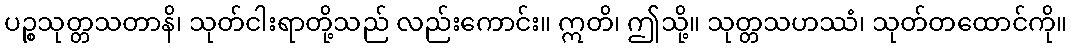
ပဉ္စသုတ္တသတာနိ၊ သုတ်ငါးရာတို့သည် လည်းကောင်း။ ဣတိ၊ ဤသို့။ သုတ္တသဟဿံ၊ သုတ်တထောင်ကို။